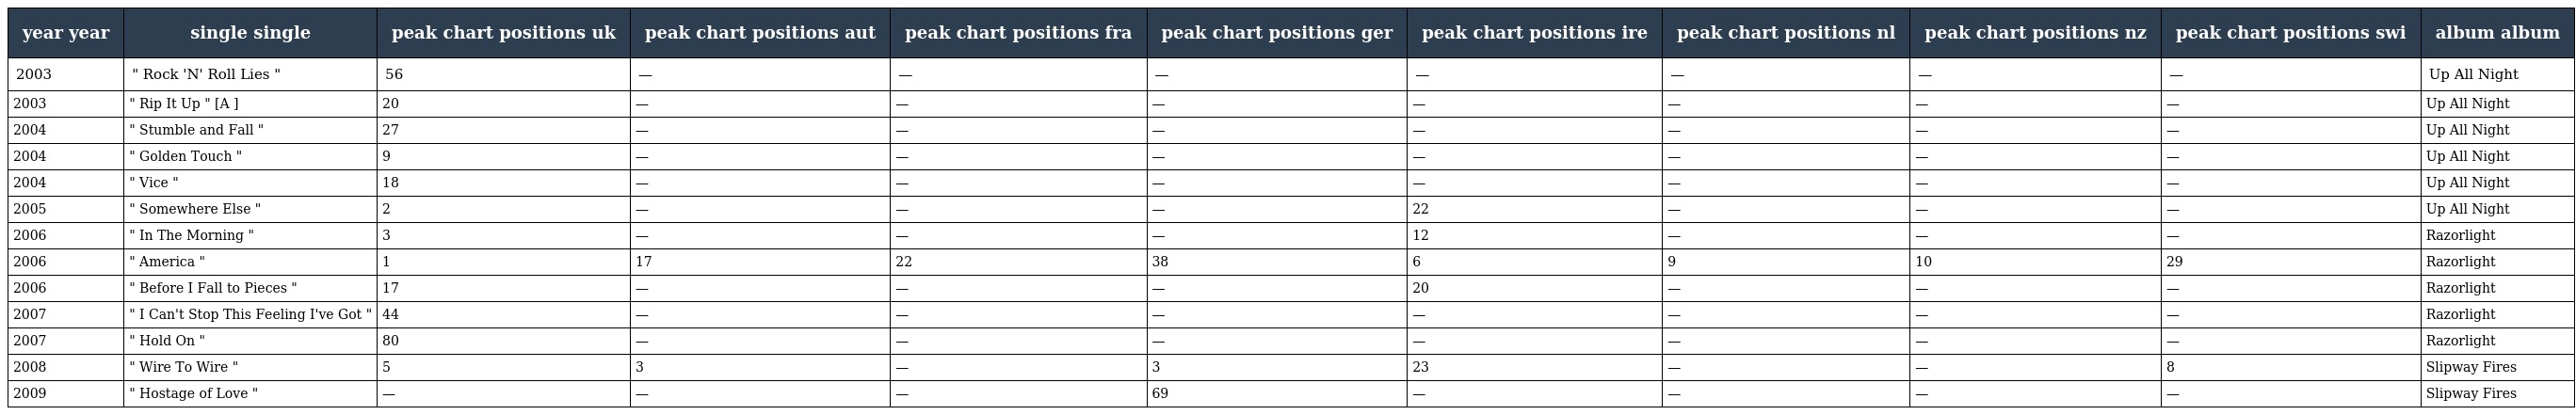
| year year | single single | peak chart positions uk | peak chart positions aut | peak chart positions fra | peak chart positions ger | peak chart positions ire | peak chart positions nl | peak chart positions nz | peak chart positions swi | album album |
 | --- | --- | --- | --- | --- | --- | --- | --- | --- | --- | --- |
 | 2003 | " Rock 'N' Roll Lies " | 56 | — | — | — | — | — | — | — | Up All Night |
 | 2003 | " Rip It Up " [A ] | 20 | — | — | — | — | — | — | — | Up All Night |
 | 2004 | " Stumble and Fall " | 27 | — | — | — | — | — | — | — | Up All Night |
 | 2004 | " Golden Touch " | 9 | — | — | — | — | — | — | — | Up All Night |
 | 2004 | " Vice " | 18 | — | — | — | — | — | — | — | Up All Night |
 | 2005 | " Somewhere Else " | 2 | — | — | — | 22 | — | — | — | Up All Night |
 | 2006 | " In The Morning " | 3 | — | — | — | 12 | — | — | — | Razorlight |
 | 2006 | " America " | 1 | 17 | 22 | 38 | 6 | 9 | 10 | 29 | Razorlight |
 | 2006 | " Before I Fall to Pieces " | 17 | — | — | — | 20 | — | — | — | Razorlight |
 | 2007 | " I Can't Stop This Feeling I've Got " | 44 | — | — | — | — | — | — | — | Razorlight |
 | 2007 | " Hold On " | 80 | — | — | — | — | — | — | — | Razorlight |
 | 2008 | " Wire To Wire " | 5 | 3 | — | 3 | 23 | — | — | 8 | Slipway Fires |
 | 2009 | " Hostage of Love " | — | — | — | 69 | — | — | — | — | Slipway Fires |